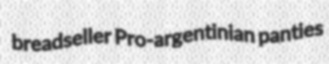
breadseller Pro-argentinian panties